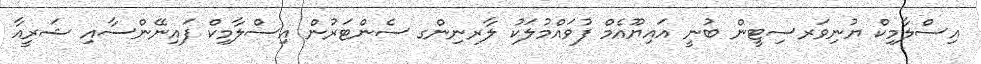
އިސްލާމިކް ޔުނިވަރސިޓީން ބުނީ އައިޔޫއެމް ފުވައްމުލަކު ލާރނިންގ ސެންޓަރުން އިސްލާމިކް ފައިނޭންސާއި ޝަރީއާ